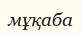
мұқаба